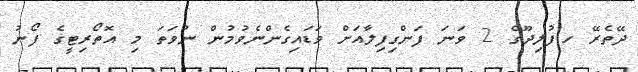
ދޭތެރޭ ހ.ފުލިދޫގެ 2 ވަނަ ފަންގިފިލާއަށް ވަޑައިގެންނެވުމުން ނުވަތަ މި އޮތޯރިޓީގެ ފޯނު